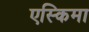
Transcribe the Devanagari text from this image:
एस्किमा